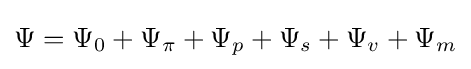
\Psi =\Psi _{0}+\Psi _{\pi }+\Psi _{p}+\Psi _{s}+\Psi _{v}+\Psi _{m}